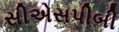
સીએસપીબી